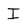
Character: I